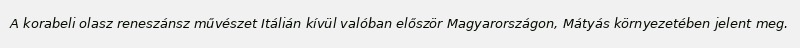
A korabeli olasz reneszánsz művészet Itálián kívül valóban először Magyarországon, Mátyás környezetében jelent meg.